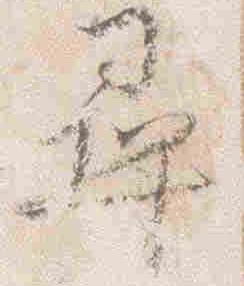
尋